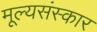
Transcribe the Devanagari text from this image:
मूल्यसंस्कार